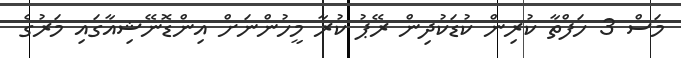
މަސް 3 ހަފްތާ ކުރިން ކުޑަކުދިން ރޭޕު ކުރާ މީހުންނަށް އިންޑޮނޭޝިއާގައި މަރުގެ